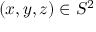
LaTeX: ( x , y , z ) \in S ^ { 2 }